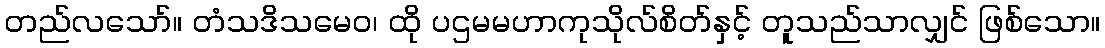
တည်လသော်။ တံသဒိသမေဝ၊ ထို ပဌမမဟာကုသိုလ်စိတ်နှင့် တူသည်သာလျှင် ဖြစ်သော။